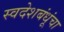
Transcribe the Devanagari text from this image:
स्वदेशबंधूंचा